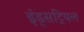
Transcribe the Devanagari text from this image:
इंड्सट्रियल